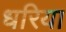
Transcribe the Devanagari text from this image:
धरिया